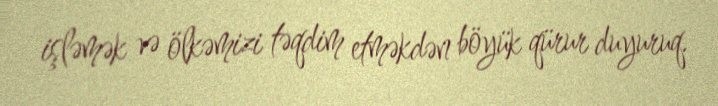
işləmək və ölkəmizi təqdim etməkdən böyük qürur duyuruq.